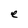
Character: e